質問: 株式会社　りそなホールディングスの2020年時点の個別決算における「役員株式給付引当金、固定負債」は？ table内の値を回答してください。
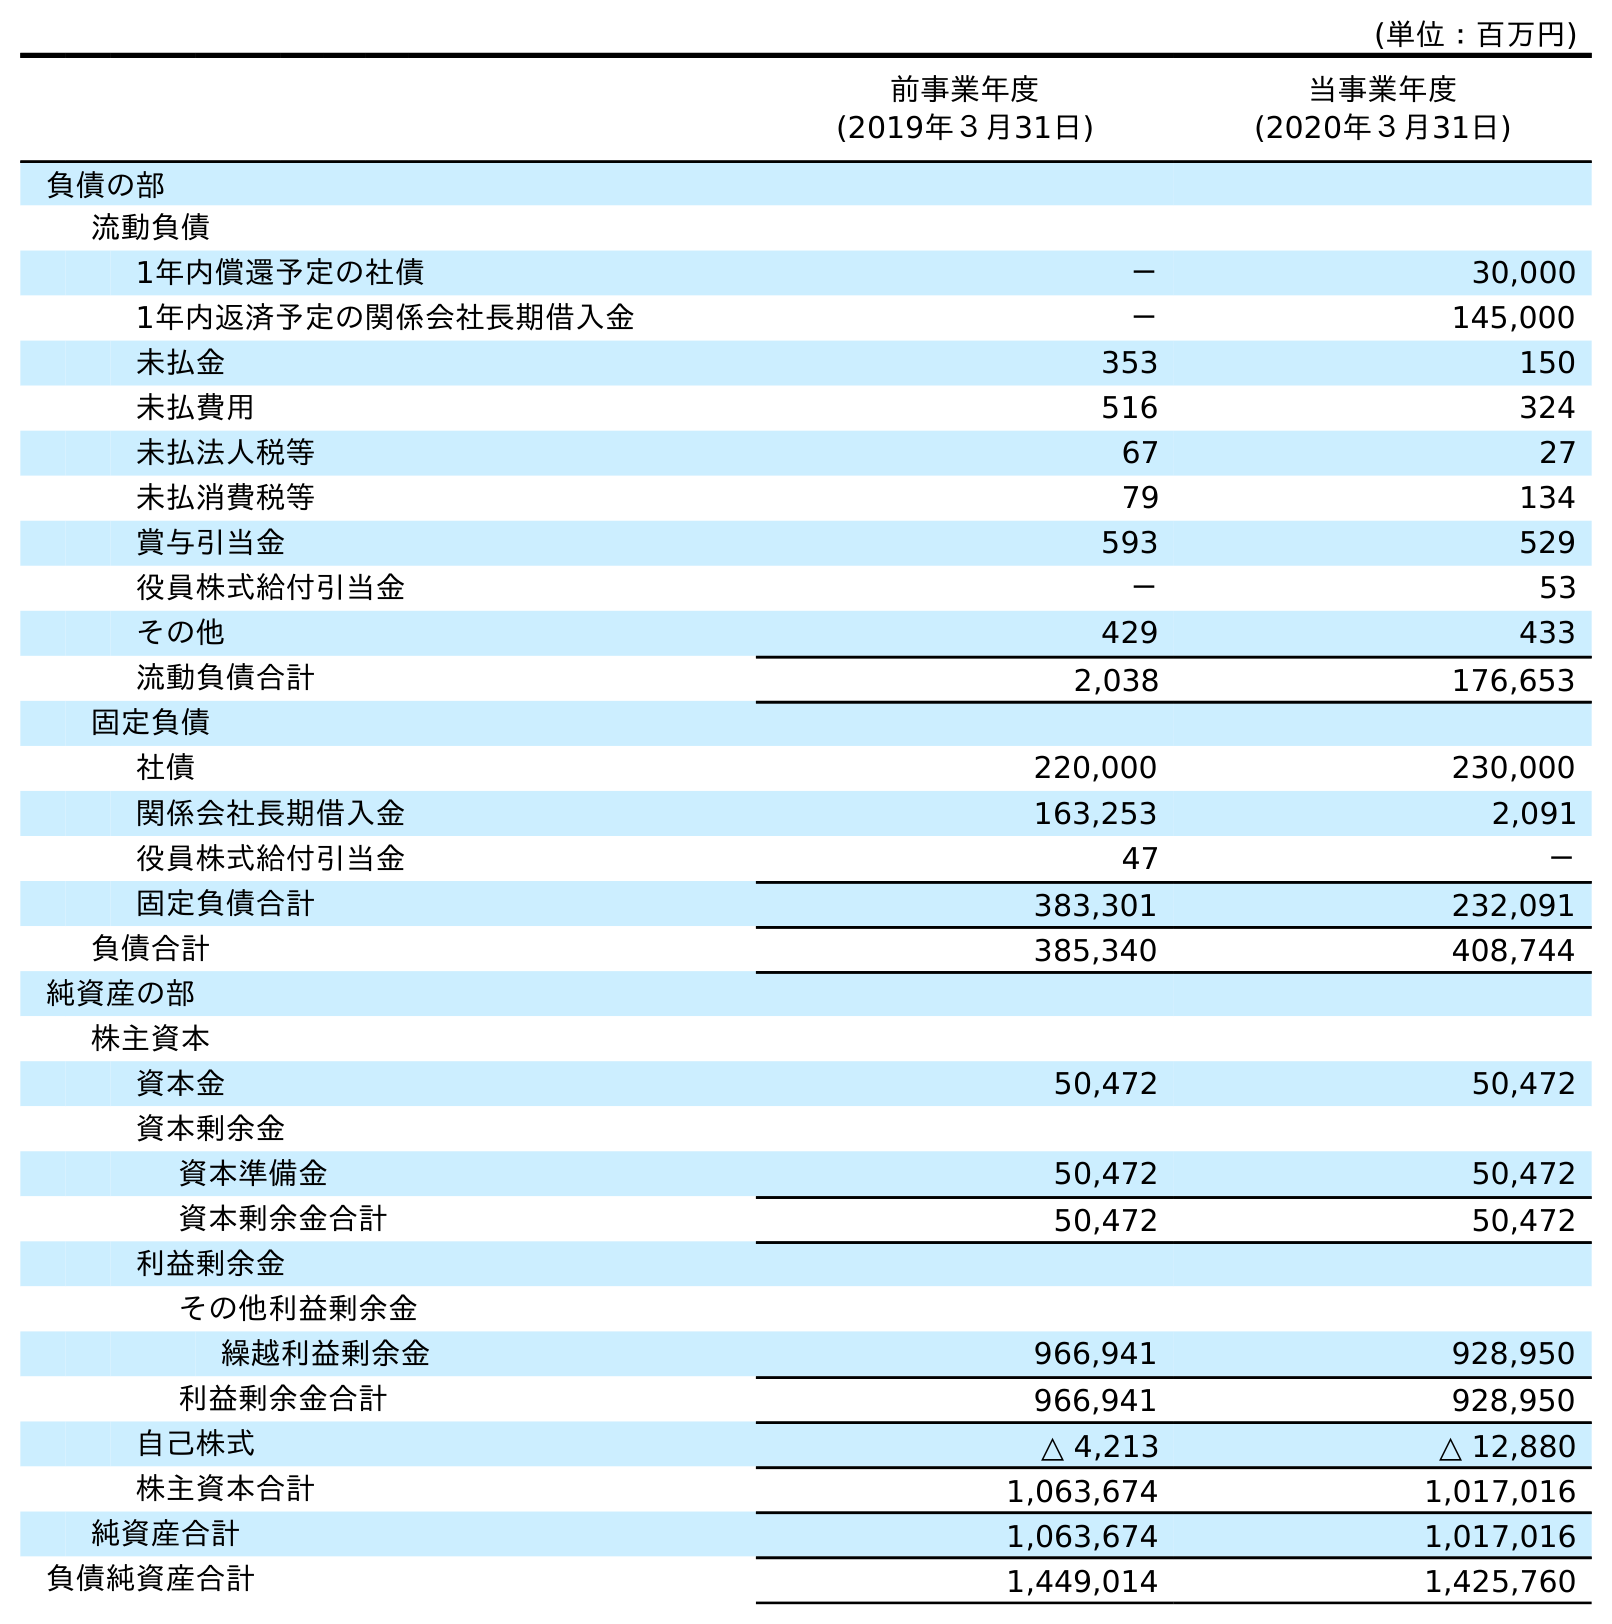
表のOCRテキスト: (単位：百万円) 前事業年度 (2019年３月31日) 当事業年度 (2020年３月31日) 負債の部 流動負債 1年内償還予定の社債 － 30,000 1年内返済予定の関係会社長期借入金 － 145,000 未払金 353 150 未払費用 516 324 未払法人税等 67 27 未払消費税等 79 134 賞与引当金 593 529 役員株式給付引当金 － 53 その他 429 433 流動負債合計 2,038 176,653 固定負債 社債 220,000 230,000 関係会社長期借入金 163,253 2,091 役員株式給付引当金 47 － 固定負債合計 383,301 232,091 負債合計 385,340 408,744 純資産の部 株主資本 資本金 50,472 50,472 資本剰余金 資本準備金 50,472 50,472 資本剰余金合計 50,472 50,472 利益剰余金 その他利益剰余金 繰越利益剰余金 966,941 928,950 利益剰余金合計 966,941 928,950 自己株式 △ 4,213 △ 12,880 株主資本合計 1,063,674 1,017,016 純資産合計 1,063,674 1,017,016 負債純資産合計 1,449,014 1,425,760
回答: －